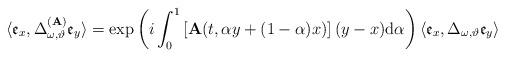
LaTeX: \begin{align*}\langle \mathfrak{e}_{x},\Delta _{\omega ,\vartheta }^{(\mathbf{A})}\mathfrak{e}_{y}\rangle =\exp \left( i\int\nolimits_{0}^{1}\left[ \mathbf{A}(t,\alpha y+(1-\alpha )x)\right] (y-x)\mathrm{d}\alpha \right) \langle\mathfrak{e}_{x},\Delta _{\omega ,\vartheta }\mathfrak{e}_{y}\rangle\end{align*}